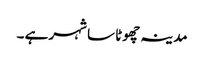
مدینہ چھوٹا سا شہر ہے ۔